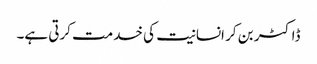
ڈاکٹر بن کر انسانیت کی خدمت کرتی ہے۔